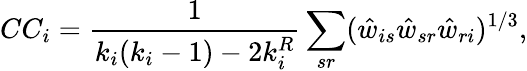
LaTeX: CC_{i}=\frac{1}{k_{i}(k_{i}-1)-2k_{i}^{R}}\sum_{sr}(\hat{w}_{is}\hat{w}_{sr}\hat{w}_{ri})^{1/3},